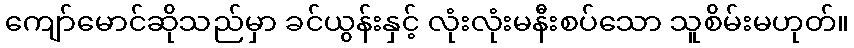
ကျော်မောင်ဆိုသည်မှာ ခင်ယွန်းနှင့် လုံးလုံးမနီးစပ်သော သူစိမ်းမဟုတ်။